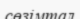
сөзімтал